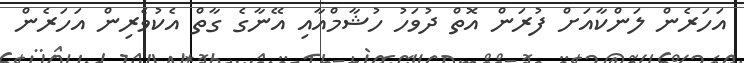
އަހަރެން ލަންކާއަށް ފުރަން އޮތް ދުވަހު ހުޝާމްއާއި އޭނާގެ ގާތް އެކުވެރިން އަހަރެން